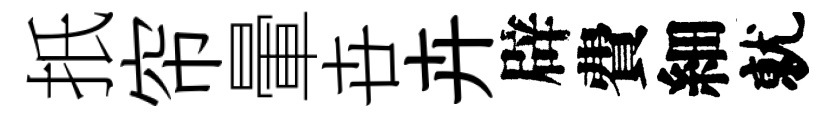
扺帘暈卋卉辟費細就